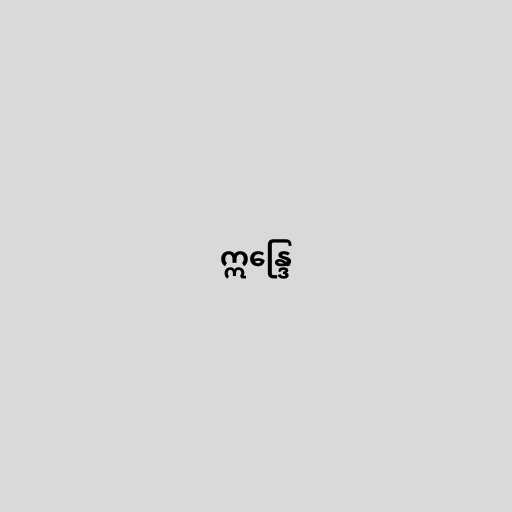
ဣန္ဒြေ